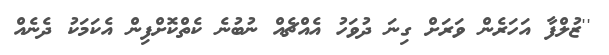
''ޒުލްފާ އަހަރެން ވަރަށް ގިނަ ދުވަހު އެއްޗެއް ނުބުނެ ކެތްކޮށްފިން އެކަމަކު ދެނެއް